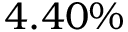
4 . 4 0 \%